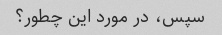
سپس، در مورد این چطور؟